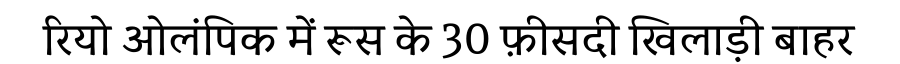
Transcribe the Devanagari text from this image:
रियो ओलंपिक में रूस के 30 फ़ीसदी खिलाड़ी बाहर